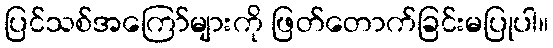
ပြင်သစ်အကြော်များကို ဖြတ်တောက်ခြင်းမပြုပါ။